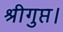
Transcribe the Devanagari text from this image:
श्रीगुप्त।